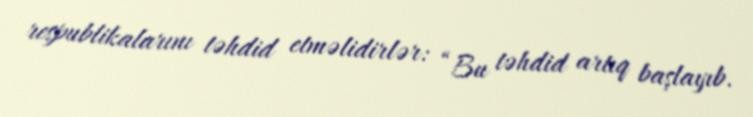
respublikalarını təhdid etməlidirlər: “Bu təhdid artıq başlayıb.